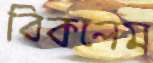
বিকলেম